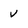
Character: V